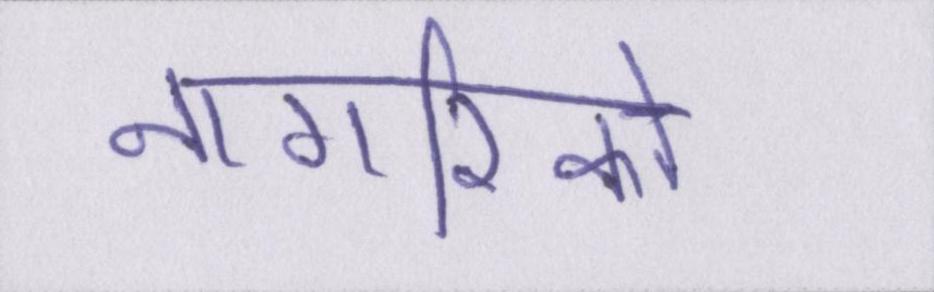
नागरिको